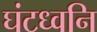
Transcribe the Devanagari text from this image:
घंटध्वनि